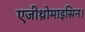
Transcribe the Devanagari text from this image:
एजीथ्रोमाइसिन।